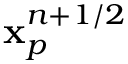
\mathbf { x } _ { p } ^ { n + 1 / 2 }